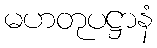
မဟတုပဋ္ဌာနံ